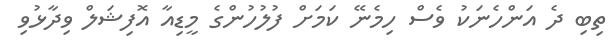
ތިބި ދެ އަންހެނަކު ވެސް ހިމެނޭ ކަމަށް ފުލުހުންގެ މީޑިއާ އޮފިޝަލް ވިދާޅުވި